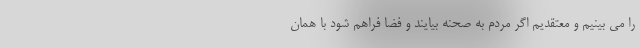
را می بینیم و معتقدیم اگر مردم به صحنه بیایند و فضا فراهم شود با همان